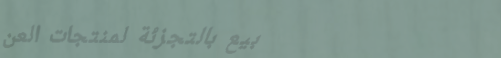
بيع بالتجزئة لمنتجات العن